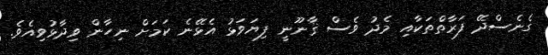
ގެނެސްދޭ ފަރާތްތަކާއި މެދު ވެސް ޤާނޫނީ ފިޔަވަޅު އެޅޭނެ ކަމަށް ނިހާން ވިދާޅުވިއެވެ.